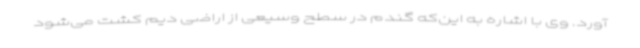
‌آورد. وی با اشاره به این‌که گندم در سطح وسیعی از اراضی دیم کشت می‌شود